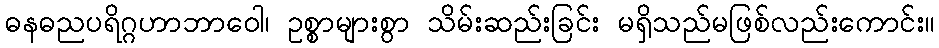
ဓနဓညပရိဂ္ဂဟာဘာဝေါ၊ ဥစ္စာများစွာ သိမ်းဆည်းခြင်း မရှိသည်မဖြစ်လည်းကောင်း။